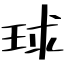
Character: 球